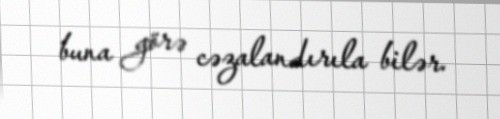
buna görə cəzalandırıla bilər.